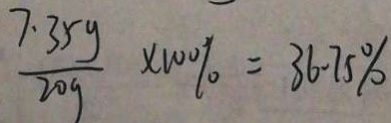
\frac { 7 . 3 5 g } { 2 0 g } \times 1 0 0 \% = 3 6 . 7 5 \%